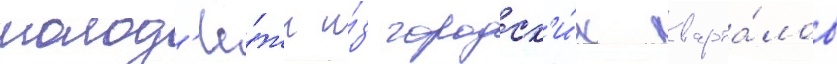
молод'ё́жи и́з городск'и́х кварта́лов